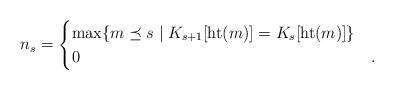
LaTeX: \begin{align*}n_s=\begin{cases} \max\{m \preceq s \mid K_{s+1}[{\rm ht}(m)]=K_s[{\rm ht}(m)]\} & \\0& .\end{cases}\end{align*}